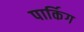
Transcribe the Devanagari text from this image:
पार्किग